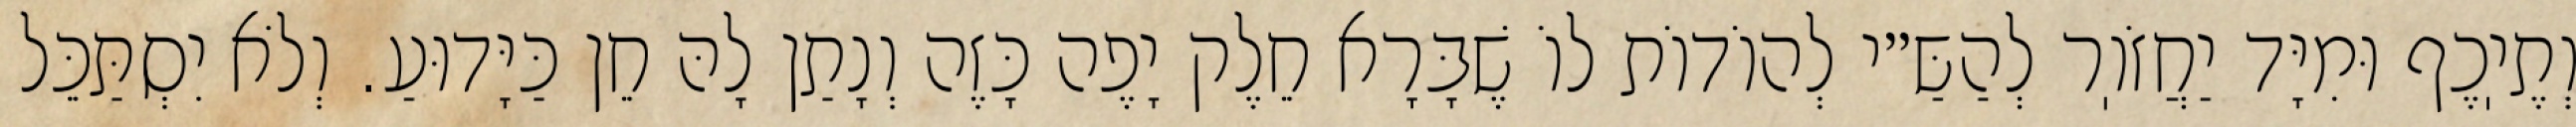
וְתֶיֽכֶף וּמִיָּד יַחֲזֹוֽר לְהַשַּ״י לְהוֹדוֹת לוֹ שֶׁבָּרָא חֵלֶק יָפֶה כָּזֶה וְנָתַן לָהּ חֵן כַּיָּדוּעַ. וְלֹא יִסְתַּכֵּל